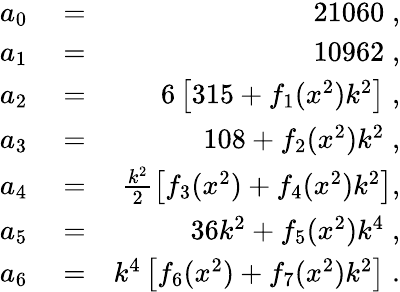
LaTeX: \begin{array}{rlr}{a_{0}}&{{}=}&{21060\; ,}\\ {a_{1}}&{{}=}&{10962\; ,}\\ {a_{2}}&{{}=}&{6\left[315+f_{1}(x^{2})k^{2}\right]\; ,}\\ {a_{3}}&{{}=}&{108+f_{2}(x^{2})k^{2}\; ,}\\ {a_{4}}&{{}=}&{\frac{k^{2}}{2}\left[f_{3}(x^{2})+f_{4}(x^{2})k^{2}\right],}\\ {a_{5}}&{{}=}&{36k^{2}+f_{5}(x^{2})k^{4}\; ,}\\ {a_{6}}&{{}=}&{k^{4}\left[f_{6}(x^{2})+f_{7}(x^{2})k^{2}\right]\; .}\end{array}